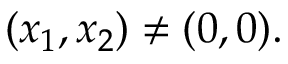
( x _ { 1 } , x _ { 2 } ) \neq ( 0 , 0 ) .